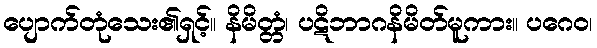
ပျောက်တုံသေး၏ရှင့်။ နိမိတ္တံ၊ ပဋိဘာဂနိမိတ်မူကား။ ပဂေဝ၊